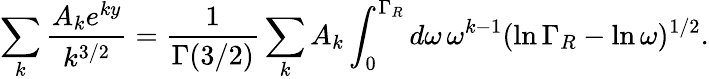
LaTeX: \sum_{k}\frac{A_{k}e^{ky}}{k^{3/2}}=\frac{1}{\Gamma(3/2)}\sum_{k}A_{k}\int_{0}^{\Gamma_{R}}d\omega\, \omega^{k-1}(\ln\Gamma_{R}-\ln\omega)^{1/2}.